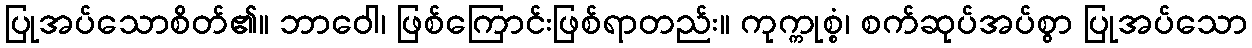
ပြုအပ်သောစိတ်၏။ ဘာဝေါ၊ ဖြစ်ကြောင်းဖြစ်ရာတည်း။ ကုက္ကုစ္စံ၊ စက်ဆုပ်အပ်စွာ ပြုအပ်သော